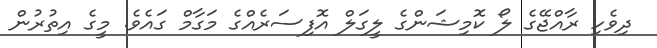
ދިވެހި ރާއްޖޭގެ ލޯ ކޮމިޝަންގެ ލީގަލް އޮފިސަރެއްގެ މަގާމް ގައެވެ. މީގެ އިތުރުން